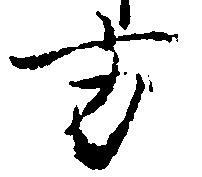
方